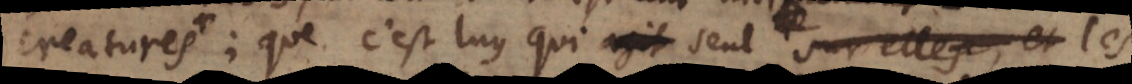
creatures,; que c’est luy qui agit seul sur elles, et seul